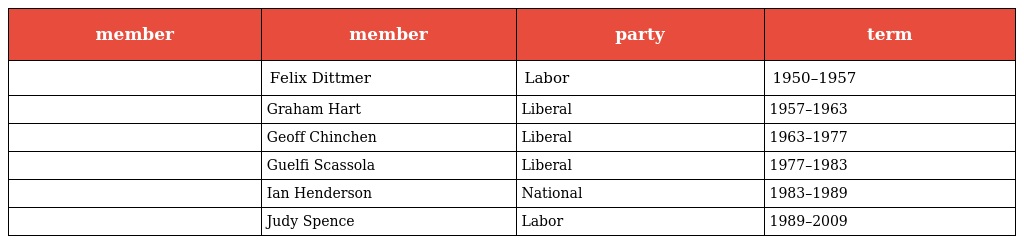
| member | member | party | term |
 | --- | --- | --- | --- |
 |  | Felix Dittmer | Labor | 1950–1957 |
 |  | Graham Hart | Liberal | 1957–1963 |
 |  | Geoff Chinchen | Liberal | 1963–1977 |
 |  | Guelfi Scassola | Liberal | 1977–1983 |
 |  | Ian Henderson | National | 1983–1989 |
 |  | Judy Spence | Labor | 1989–2009 |